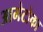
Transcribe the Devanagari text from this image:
आमेटोका